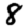
Digit: 8